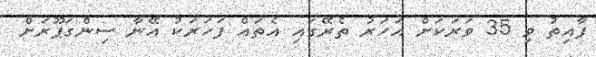
ފާއިތު ވި 35 ވަރަކަށް އަހަރު ތެރޭގައި އެތައް ފަހަރަކު އޭނާ ސިންގަޕޫރަށް